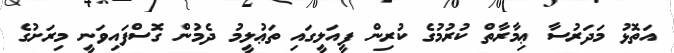
އަތޮޅު މަދަރުސާ ޢިމާރާތް ކުރުމުގެ ކުރިން ފީއަލީގައި ތަޢުލީމު ދެމުން ގޮސްފައިވަނީ މިރަށުގެ